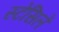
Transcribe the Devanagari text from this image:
स्टेंसिलें